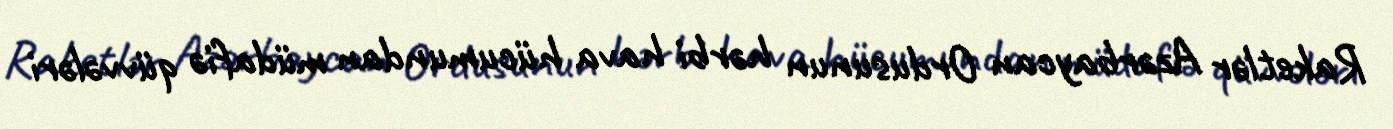
Raketlər Azərbaycan Ordusunun hərbi hava hücumundan müdafiə qüvvələri